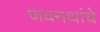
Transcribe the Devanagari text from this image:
णवनथांचे